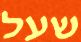
שעל